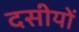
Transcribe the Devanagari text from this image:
दसीयों